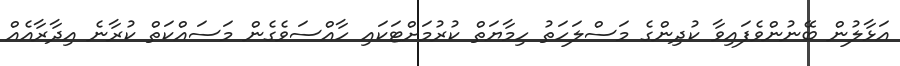
އަޅާލުން ބޭނުންވެފައިވާ ކުދިންގެ މަސްލަހަތު ހިމާޔަތް ކުރުމަށްޓަކައި ހާއްސަވެގެން މަސައްކަތް ކުރާނެ އިދާރާއެއް